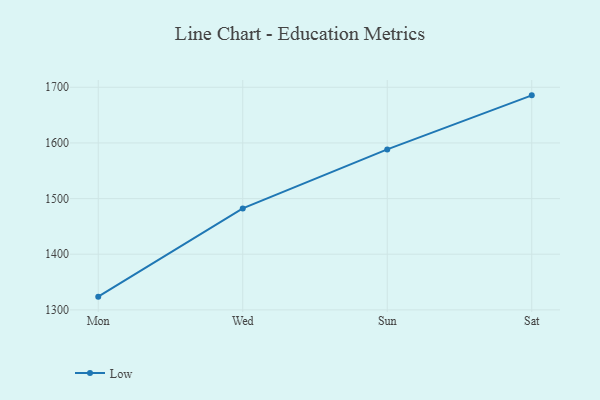
{"axis": {"x": "Day", "y": "Backlog"}, "legend": ["Low"], "data": [{"x": "Mon", "y": 1323.8, "type": "Low"}, {"x": "Wed", "y": 1482.3, "type": "Low"}, {"x": "Sun", "y": 1588.4, "type": "Low"}, {"x": "Sat", "y": 1685.5, "type": "Low"}]}